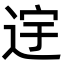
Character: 䢓